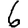
Digit: 6